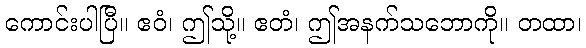
ကောင်းပါပြီ။ ဧဝံ၊ ဤသို့။ ဧတံ၊ ဤအနက်သဘောကို။ တထာ၊